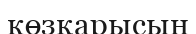
көзқарысын